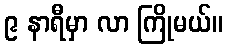
၉ နာရီမှာ လာ ကြိုမယ်။